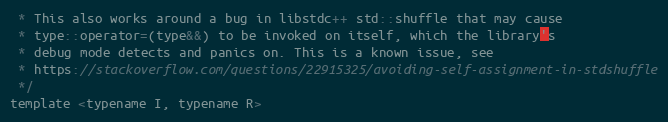
Language: C
 * This also works around a bug in libstdc++ std::shuffle that may cause
 * type::operator=(type&&) to be invoked on itself, which the library's
 * debug mode detects and panics on. This is a known issue, see
 * https://stackoverflow.com/questions/22915325/avoiding-self-assignment-in-stdshuffle
 */
template <typename I, typename R>